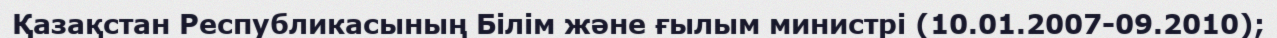
Қазақстан Республикасының Білім және ғылым министрі (10.01.2007-09.2010);